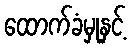
ထောက်ခံမှုနှင့်